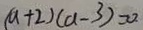
( a + 2 ) ( a - 3 ) = 0